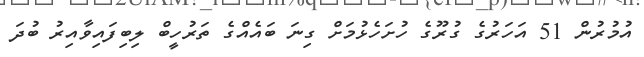
އުމުރުން 51 އަހަރުގެ ގުރޫގެ ހުށަހެޅުމަށް ގިނަ ބައެއްގެ ތަރުހީބް ލިބިފައިވާއިރު ބުދަ